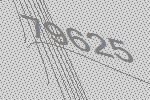
79625